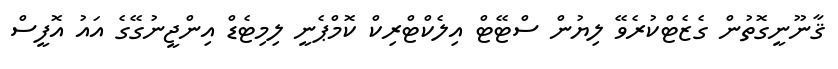
ޤާނޫނީގޮތުން ގެޒެޓްކުރެވޭ ލިޔުން ސްޓޭޓް އިލެކްޓްރިކް ކޮމްޕެނީ ލިމިޓެޑް އިންޖީނުގޭގެ އައު އޮފީސް